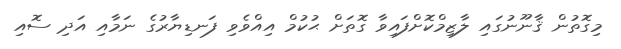
މިގޮތުން ޤާނޫނުގައި ލާޒިމްކޮށްފައިވާ ގޮތަށް ޙުކުމް އިއްވެވި ފަނޑިޔާރުގެ ނަމާއި އަދި ސޮއި